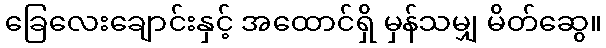
ခြေလေးချောင်းနှင့် အထောင်ရှိ မှန်သမျှ မိတ်ဆွေ။